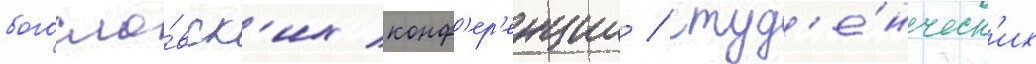
богосло́вск'их конф'ер'енции / студ'е́нческ'их